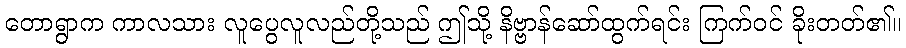
တောရွာက ကာလသား လူပွေလူလည်တို့သည် ဤသို့ နိဗ္ဗာန်ဆော်ထွက်ရင်း ကြက်ဝင် ခိုးတတ်၏။